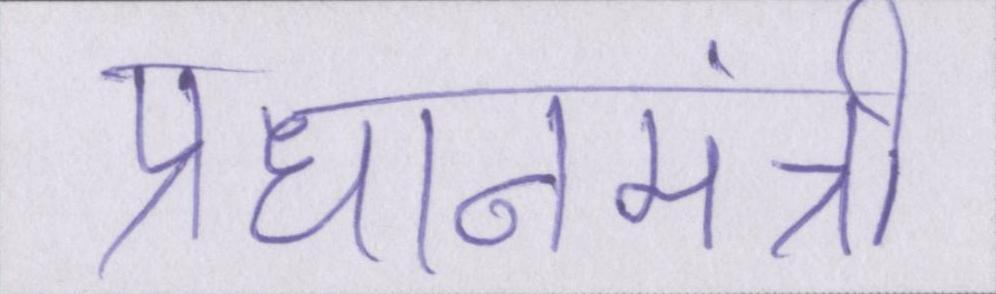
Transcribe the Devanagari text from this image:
प्रधानमंत्री